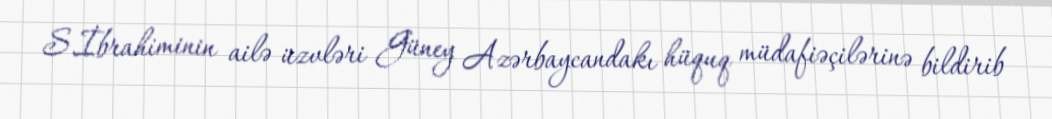
S.İbrahiminin ailə üzvləri Güney Azərbaycandakı hüquq müdafiəçilərinə bildirib